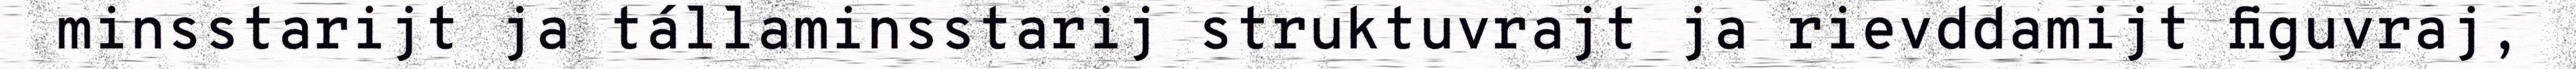
minsstarijt ja tállaminsstarij struktuvrajt ja rievddamijt figuvraj,